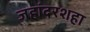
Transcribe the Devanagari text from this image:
जहांदरशहा